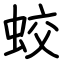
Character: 蛟